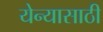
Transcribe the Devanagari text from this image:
येन्यासाठी